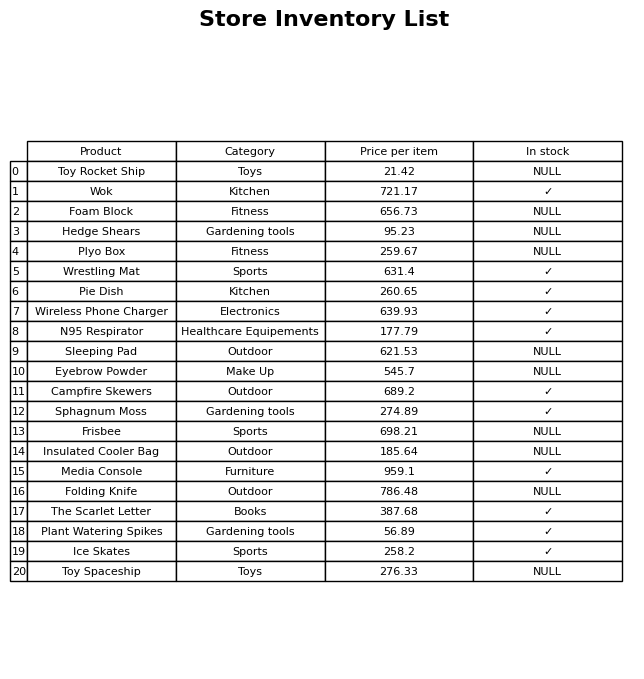
question: What is the stock status of the Insulated Cooler Bag?
answer: NULL